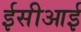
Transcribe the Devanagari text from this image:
ईसीआई